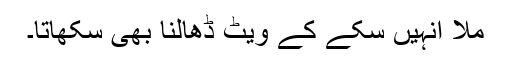
ملا انہیں سکے کے ویٹ ڈھالنا بھی سکھاتا۔